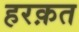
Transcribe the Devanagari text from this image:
हरक़त